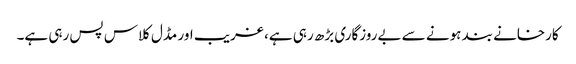
کارخانے بند ہونے سے بےروزگاری بڑھ رہی ہے، غریب اور مڈل کلاس پس رہی ہے۔